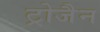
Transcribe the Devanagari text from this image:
ट्रोजैन